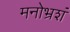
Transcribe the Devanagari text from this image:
मनोभ्रशं